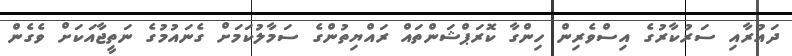
ދައުރާއި ސަރުކާރުގެ އިސްވެރިން ހިންގާ ކޮރަޕްޝަންތައް ރައްޔިތުންގެ ސަމާލުކަމަށް ގެނައުމުގެ ނަތީޖާއަކަށް ވެގެން